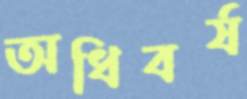
অধিবর্ষ